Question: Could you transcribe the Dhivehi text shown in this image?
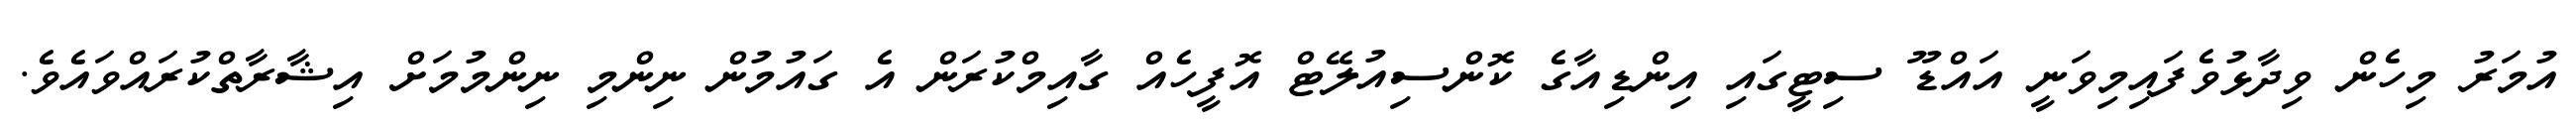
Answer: އުމަރު މިހެން ވިދާޅުވެފައިމިވަނީ އައްޑޫ ސިޓީގައި އިންޑިއާގެ ކޮންސިއުލޭޓް އޮފީހެއް ގާއިމްކުރަން އެ ގައުމުން ނިންމި ނިންމުމަށް އިޝާރާތްކުރައްވައެވެ.